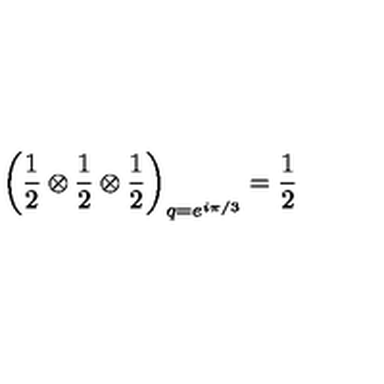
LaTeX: \left( \frac { 1 } { 2 } \otimes \frac { 1 } { 2 } \otimes \frac { 1 } { 2 } \right) _ { q = e ^ { i \pi / 3 } } = \frac { 1 } { 2 }